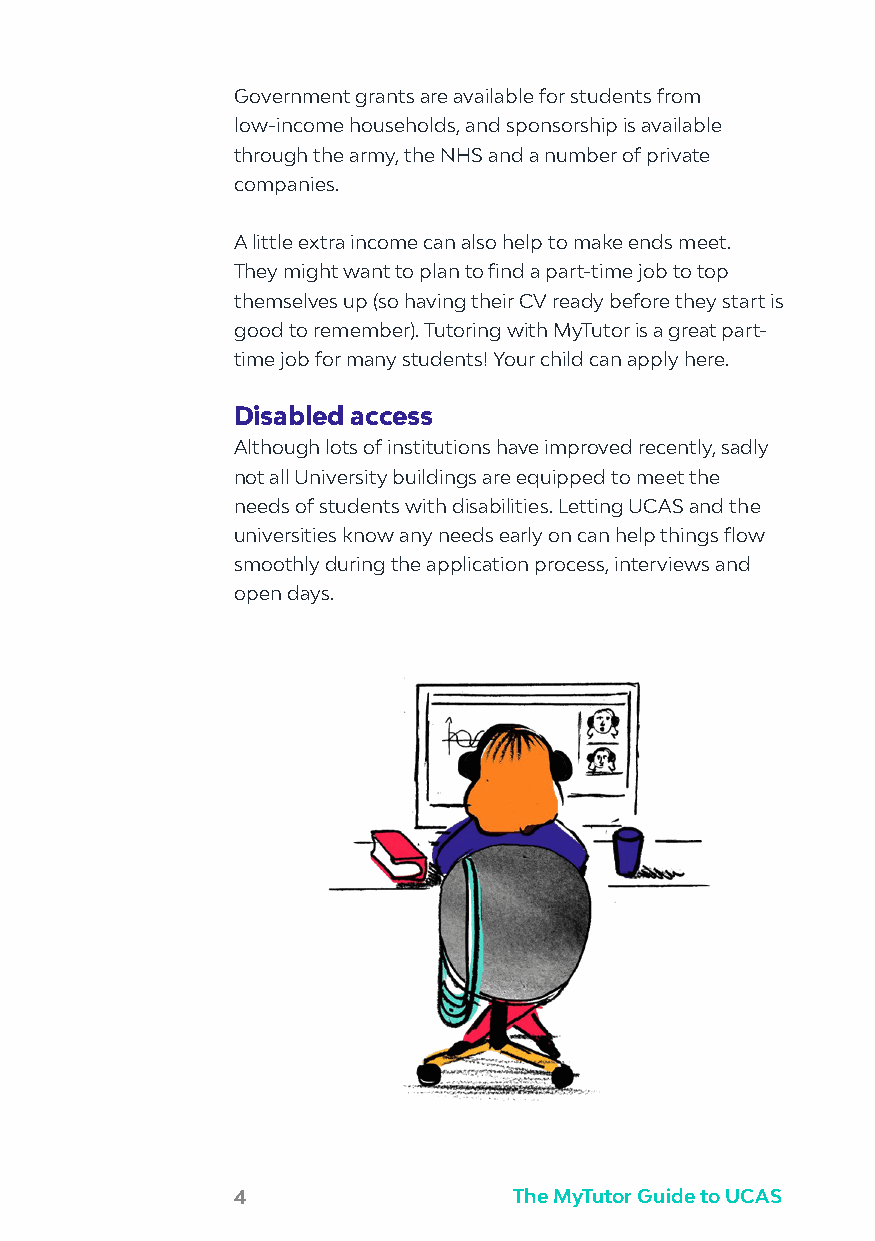
Government grants are available for students from
 low-income households, and sponsorship is available
 through the army, the NHS and a number of private
 companies.
 A little extra income can also help to make ends meet.
 They might want to plan to find a part-time job to top
 themselves up (so having their CV ready before they start is
 good to remember). Tutoring with MyTutor is a great part-
 time job for many students! Your child can apply here.
 Disabled access
 Although lots of institutions have improved recently, sadly
 not all University buildings are equipped to meet the
 needs of students with disabilities. Letting UCAS and the
 universities know any needs early on can help things flow
 smoothly during the application process, interviews and
 open days.
 4                  The MyTutor Guide to UCAS